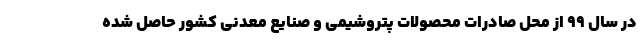
در سال ۹۹ از محل صادرات محصولات پتروشیمی و صنایع معدنی کشور حاصل شده